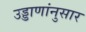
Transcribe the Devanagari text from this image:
उड्डाणांनुसार